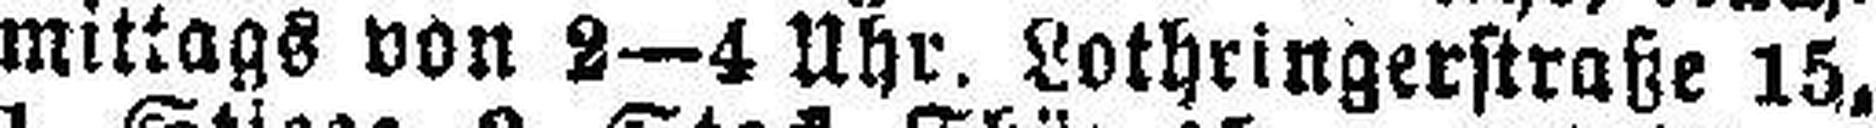
mittags von 2—4 Uhr. Lothringerstraße 15,